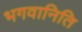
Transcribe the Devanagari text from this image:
भगवानिति